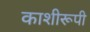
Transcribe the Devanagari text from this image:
काशीरूपी